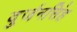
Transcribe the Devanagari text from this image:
दुर्जनसिंह